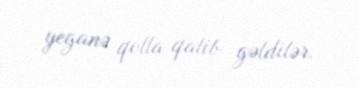
yeganə qolla qalib gəldilər.